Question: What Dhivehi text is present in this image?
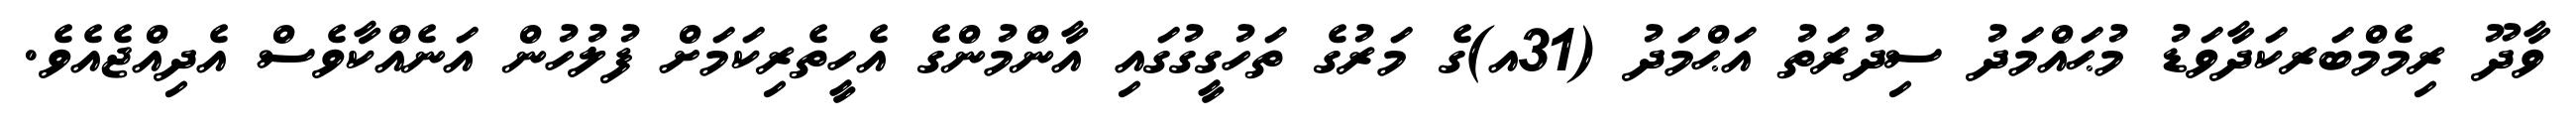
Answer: ވާދޫ ރިމެމްބަރކަދާވަޑު މުޙައްމަދު ސިދުރަތު އަޙްމަދު (31އ)ގެ މަރުގެ ތަހުގީގުގައި އާންމުންގެ އެހީތެރިކަމަށް ފުލުހުން އަނެއްކާވެސް އެދިއްޖެއެވެ.